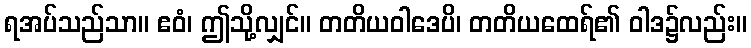
ရအပ်သည်သာ။ ဧဝံ၊ ဤသို့လျှင်။ တတိယဝါဒေပိ၊ တတိယထေရ်၏ ဝါဒ၌လည်း။